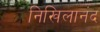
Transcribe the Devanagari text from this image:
निखिलानंद